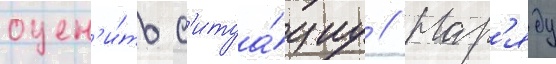
оцен'и́ть с'итуа́циу // Нар'яду